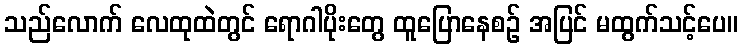
သည်လောက် လေထုထဲတွင် ရောဂါပိုးတွေ ထူပြောနေစဉ် အပြင် မထွက်သင့်ပေ။